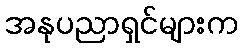
အနုပညာရှင်များက